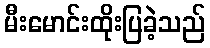
မီးမောင်းထိုးပြခဲ့သည်